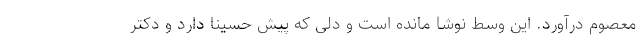
معصوم درآورد. این وسط نوشا مانده است و دلی که پیش حسینا دارد و دکتر